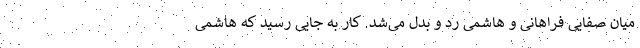
میان صفایی فراهانی و هاشمی رد و بدل می‌شد. کار به جایی رسید که هاشمی